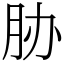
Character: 胁